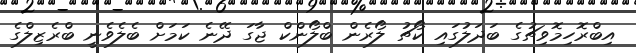
އިބްރޮހިމޮވިޗުގެ ބަދަލުގައި ކޯޗު ލޯރެން ބްލޯންކް ޖާގަ ދޭނެ ކަމަށް ބެލެވެނީ ބްރެޒިލްގެ